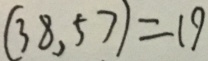
( 3 8 , 5 7 ) = 1 9